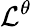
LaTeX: \mathcal{L}^{\theta}